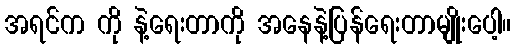
အရင်က ကို နဲ့ရေးတာကို အနေနဲ့ပြန်ရေးတာမျိုးပေါ့။